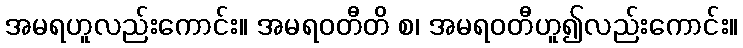
အမရဟူလည်းကောင်း။ အမရဝတီတိ စ၊ အမရဝတီဟူ၍လည်းကောင်း။